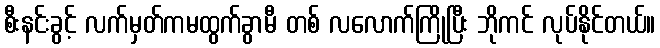
စီးနင်းခွင့် လက်မှတ်ကမထွက်ခွာမီ တစ် လလောက်ကြိုပြီး ဘိုကင် လုပ်နိုင်တယ်။